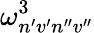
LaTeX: \omega_{n^{\prime}v^{\prime}n^{\prime\prime}v^{\prime\prime}}^{3}